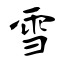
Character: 雪